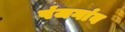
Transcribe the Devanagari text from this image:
पंजगांव